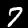
Label: 7